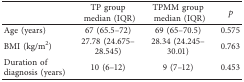
|  | TP group median (IQR) | TPMM group median (IQR) | p |
 | --- | --- | --- | --- |
 | Age (years) | 67 (65.5–72) | 69 (65–70.5) | 0.575 |
 | BMI (kg/m2) | 27.78 (24.675–28.545) | 28.34 (24.245–30.01) | 0.763 |
 | Duration of diagnosis (years) | 10 (6–12) | 9 (7–12) | 0.453 |